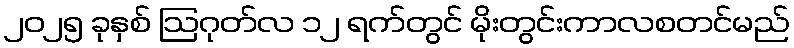
၂၀၂၅ ခုနှစ် ဩဂုတ်လ ၁၂ ရက်တွင် မိုးတွင်းကာလစတင်မည်